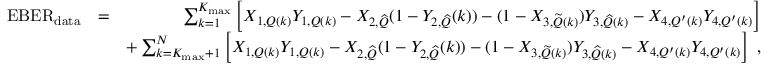
\begin{array} { r l r } { \mathrm { E B E R } _ { \mathrm { d a t a } } } & { = } & { \sum _ { k = 1 } ^ { K _ { \mathrm { m a x } } } \left[ X _ { 1 , Q ( k ) } Y _ { 1 , Q ( k ) } - X _ { 2 , { \widehat Q } } ( 1 - Y _ { 2 , { \widehat Q } } ( k ) ) - ( 1 - X _ { 3 , { \widetilde Q } ( k ) } ) Y _ { 3 , { \widehat Q } ( k ) } - X _ { 4 , Q ^ { \prime } ( k ) } Y _ { 4 , Q ^ { \prime } ( k ) } \right] } \\ & { } & { + \sum _ { k = K _ { \mathrm { m a x } } + 1 } ^ { N } \left[ X _ { 1 , Q ( k ) } Y _ { 1 , Q ( k ) } - X _ { 2 , { \widehat Q } } ( 1 - Y _ { 2 , { \widehat Q } } ( k ) ) - ( 1 - X _ { 3 , { \widetilde Q } ( k ) } ) Y _ { 3 , { \widehat Q } ( k ) } - X _ { 4 , Q ^ { \prime } ( k ) } Y _ { 4 , Q ^ { \prime } ( k ) } \right] \; , } \end{array}